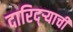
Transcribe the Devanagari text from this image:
दारिद्‌र्‍याची